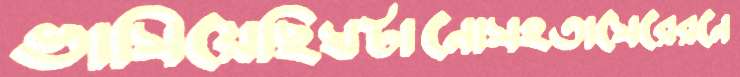
ভাসিয়েছিঘটানোসহতাসেরেরনে